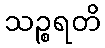
သဉ္စရတိ